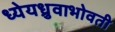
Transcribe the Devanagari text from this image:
ध्येयध्रुवाभोवती